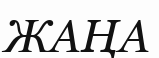
ЖАҢА